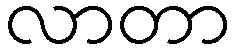
လာတာ